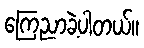
ကြေညာခဲ့ပါတယ်။